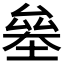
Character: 𠬁